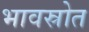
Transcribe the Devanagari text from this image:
भावस्रोत